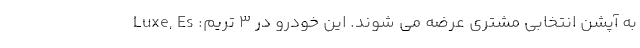
به آپشن انتخابی مشتری عرضه می شوند. این خودرو در 3 تریم: Luxe, Es